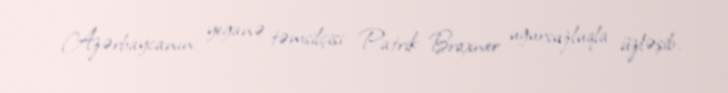
Azərbaycanın yeganə təmsilçisi Patrik Braxner uğursuzluqla üzləşib.